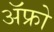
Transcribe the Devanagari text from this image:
ॲफ्रो